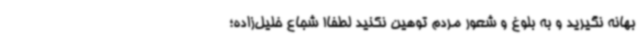
بهانه نگیرید و به بلوغ و شعور مردم توهین نکنید لطفا! شجاع خلیل‌زاده؛